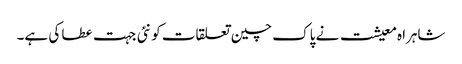
شاہراہ معیشت نے پاک چین تعلقات کو نئی جہت عطا کی ہے۔